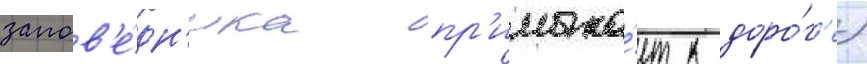
запов'е́дн'ика пр'имыка́ет к доро́г'е)